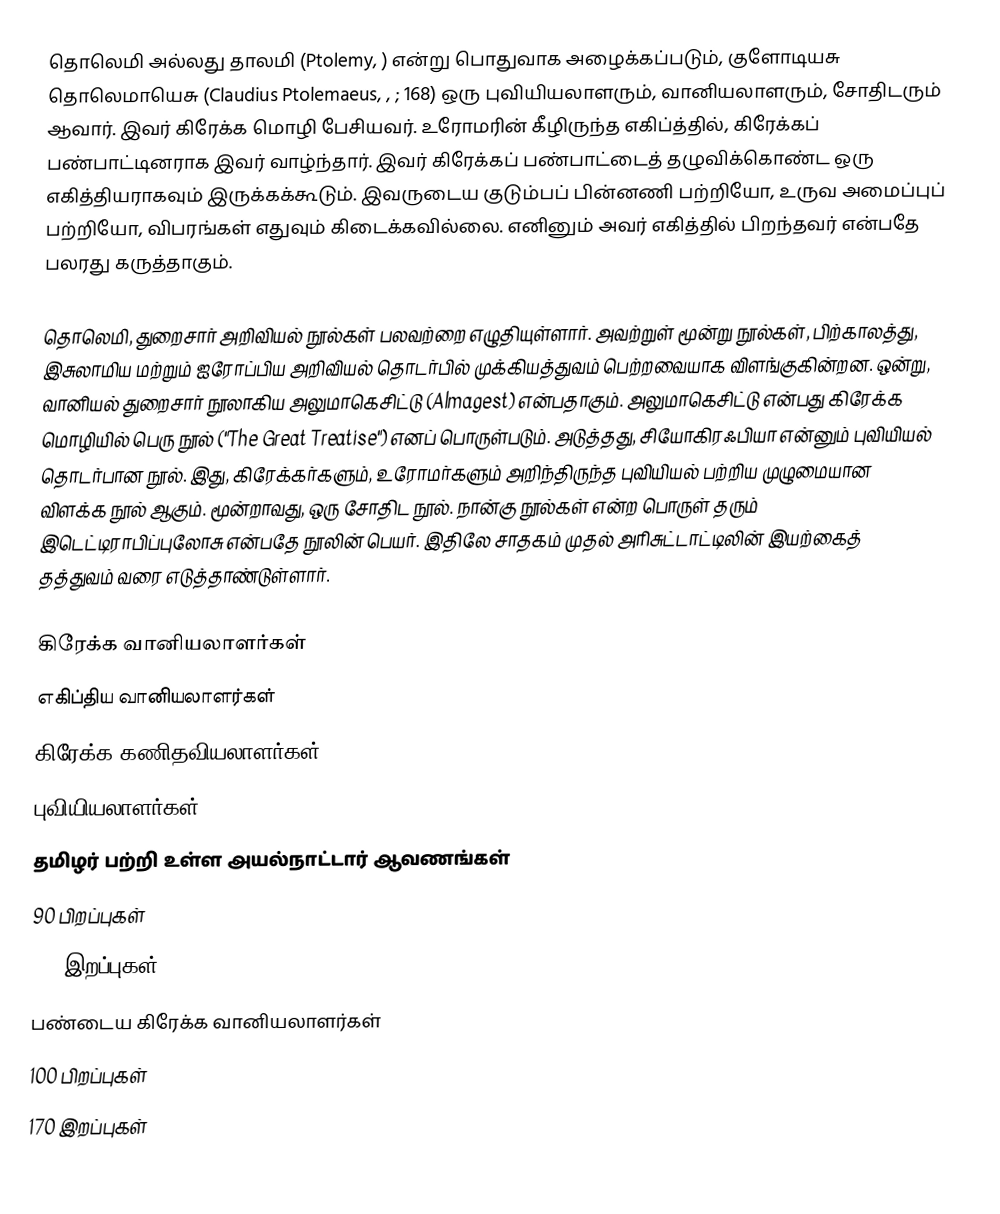
தொலெமி அல்லது தாலமி (Ptolemy, ) என்று பொதுவாக அழைக்கப்படும், குளோடியசு தொலெமாயெசு (Claudius Ptolemaeus, , ;   168) ஒரு புவியியலாளரும், வானியலாளரும், சோதிடரும் ஆவார். இவர் கிரேக்க மொழி பேசியவர். உரோமரின் கீழிருந்த எகிப்த்தில், கிரேக்கப் பண்பாட்டினராக இவர் வாழ்ந்தார். இவர் கிரேக்கப் பண்பாட்டைத் தழுவிக்கொண்ட ஒரு எகித்தியராகவும் இருக்கக்கூடும். இவருடைய குடும்பப் பின்னணி பற்றியோ, உருவ அமைப்புப் பற்றியோ, விபரங்கள் எதுவும் கிடைக்கவில்லை. எனினும் அவர் எகித்தில் பிறந்தவர் என்பதே பலரது கருத்தாகும்.

தொலெமி, துறைசார் அறிவியல் நூல்கள் பலவற்றை எழுதியுள்ளார். அவற்றுள் மூன்று நூல்கள், பிற்காலத்து, இசுலாமிய மற்றும் ஐரோப்பிய அறிவியல் தொடர்பில் முக்கியத்துவம் பெற்றவையாக விளங்குகின்றன. ஒன்று, வானியல் துறைசார் நூலாகிய அலுமாகெசிட்டு (Almagest) என்பதாகும். அலுமாகெசிட்டு என்பது கிரேக்க மொழியில் பெரு நூல் ("The Great Treatise") எனப் பொருள்படும். அடுத்தது, சியோகிரஃபியா என்னும் புவியியல் தொடர்பான நூல். இது, கிரேக்கர்களும், உரோமர்களும் அறிந்திருந்த புவியியல் பற்றிய முழுமையான விளக்க நூல் ஆகும். மூன்றாவது, ஒரு சோதிட நூல். நான்கு நூல்கள் என்ற பொருள் தரும் இடெட்டிராபிப்புலோசு என்பதே நூலின் பெயர். இதிலே சாதகம் முதல் அரிசுட்டாட்டிலின் இயற்கைத் தத்துவம் வரை எடுத்தாண்டுள்ளார்.

கிரேக்க வானியலாளர்கள்
எகிப்திய வானியலாளர்கள்
கிரேக்க கணிதவியலாளர்கள்
புவியியலாளர்கள்
தமிழர் பற்றி உள்ள அயல்நாட்டார் ஆவணங்கள்
90 பிறப்புகள்
168 இறப்புகள்
பண்டைய கிரேக்க வானியலாளர்கள்
100 பிறப்புகள்
170 இறப்புகள்